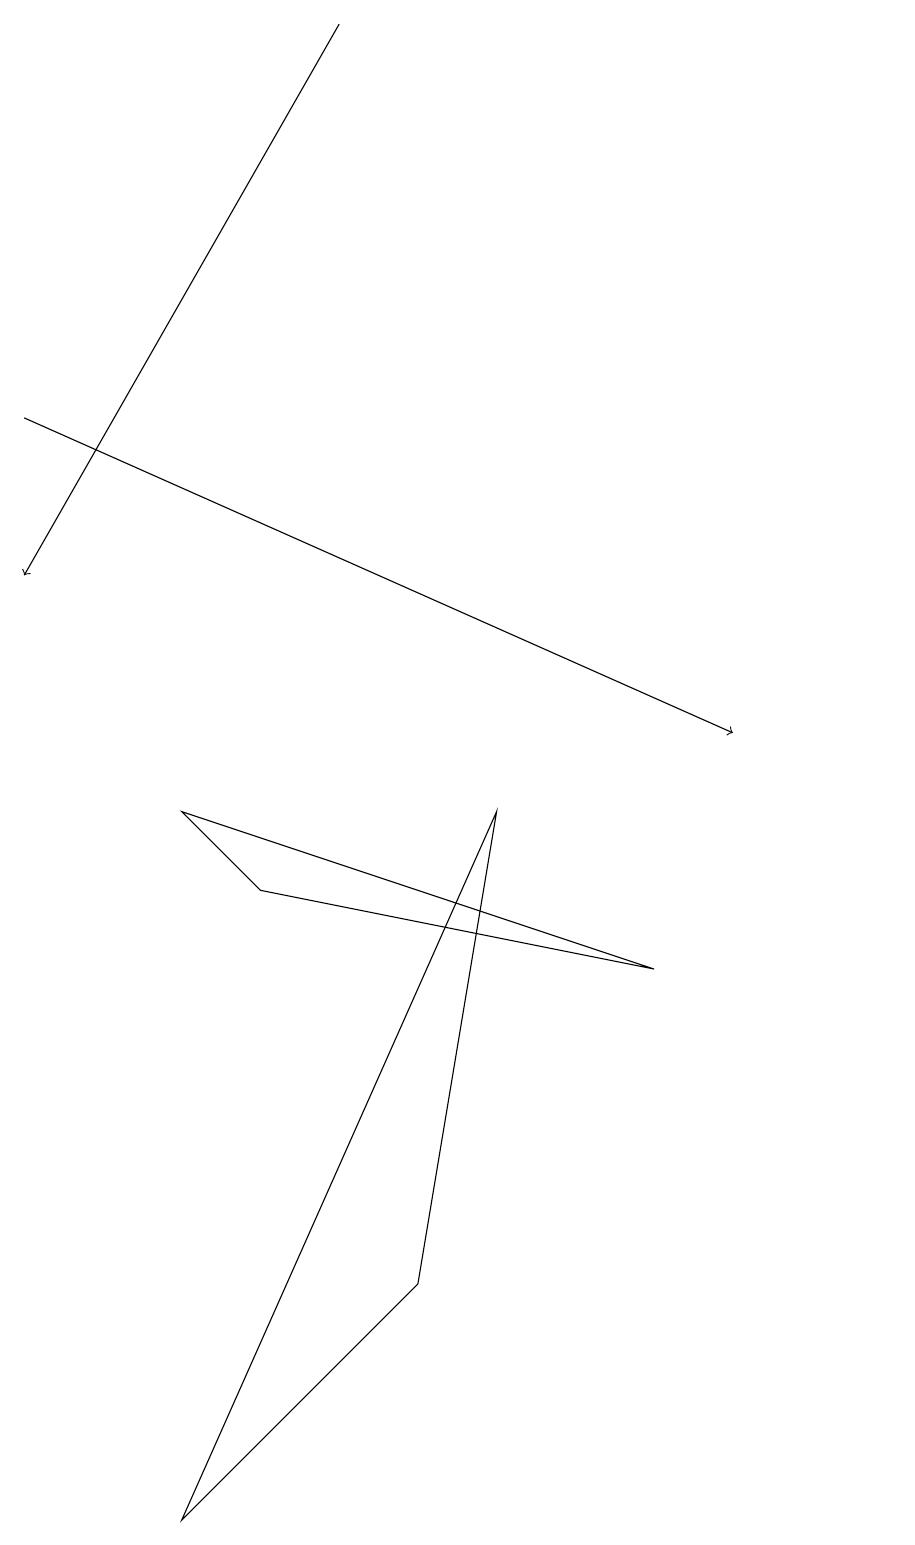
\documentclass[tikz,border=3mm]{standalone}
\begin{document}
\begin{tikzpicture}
\draw[->] (0,14) -- (9,10);
\draw (11,11) circle (0);
\draw (6,9) -- (2,0) -- (5,3) -- cycle;
\draw (8,7) -- (3,8) -- (2,9) -- cycle;
\draw[->] (4,19) -- (0,12);
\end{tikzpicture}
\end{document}